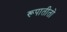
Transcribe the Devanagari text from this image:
रूपातीतो